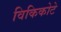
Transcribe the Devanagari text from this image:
विकिकोटे